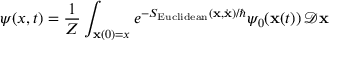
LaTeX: \psi ( x , t ) = { \frac { 1 } { Z } } \int _ { \mathbf { x } ( 0 ) = x } e ^ { - S _ { \mathrm { E u c l i d e a n } } ( \mathbf { x } , { \dot { \mathbf { x } } } ) / \hbar } \psi _ { 0 } ( \mathbf { x } ( t ) ) \, { \mathcal { D } } \mathbf { x }